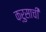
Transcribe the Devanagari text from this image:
क्रुसाची